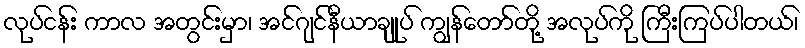
လုပ်ငန်း ကာလ အတွင်းမှာ၊ အင်ဂျင်နီယာချုပ် ကျွန်တော်တို့ အလုပ်ကို ကြီးကြပ်ပါတယ်၊